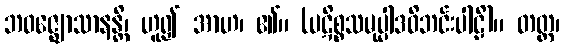
ဘဝဇ္ဈောသာနန္တိ၊ ဟူ၍ အာဟ၊ ၏။ (ပဋိစ္စသမုပ္ပါဒဝိဘင်းပါဠိ)။ တတ္ထ၊